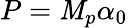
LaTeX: P={{\mathit{M}}_{p}}\alpha_{0}